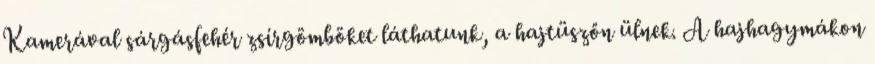
Kamerával sárgásfehér zsírgömböket láthatunk, a hajtüszőn ülnek. A hajhagymákon